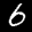
Label: 6